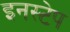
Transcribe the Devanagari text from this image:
इनस्टेप